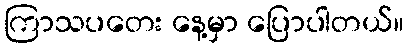
ကြာသပတေး နေ့မှာ ပြောပါတယ်။